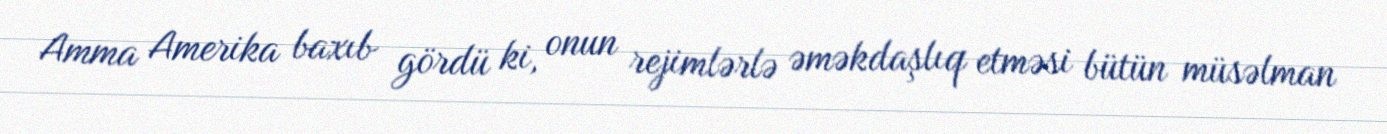
Amma Amerika baxıb gördü ki, onun rejimlərlə əməkdaşlıq etməsi bütün müsəlman